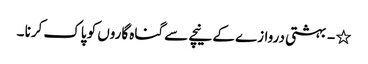
٭ - بہشتی دروازے کے نیچے سے گناہ گاروں کو پاک کرنا ۔